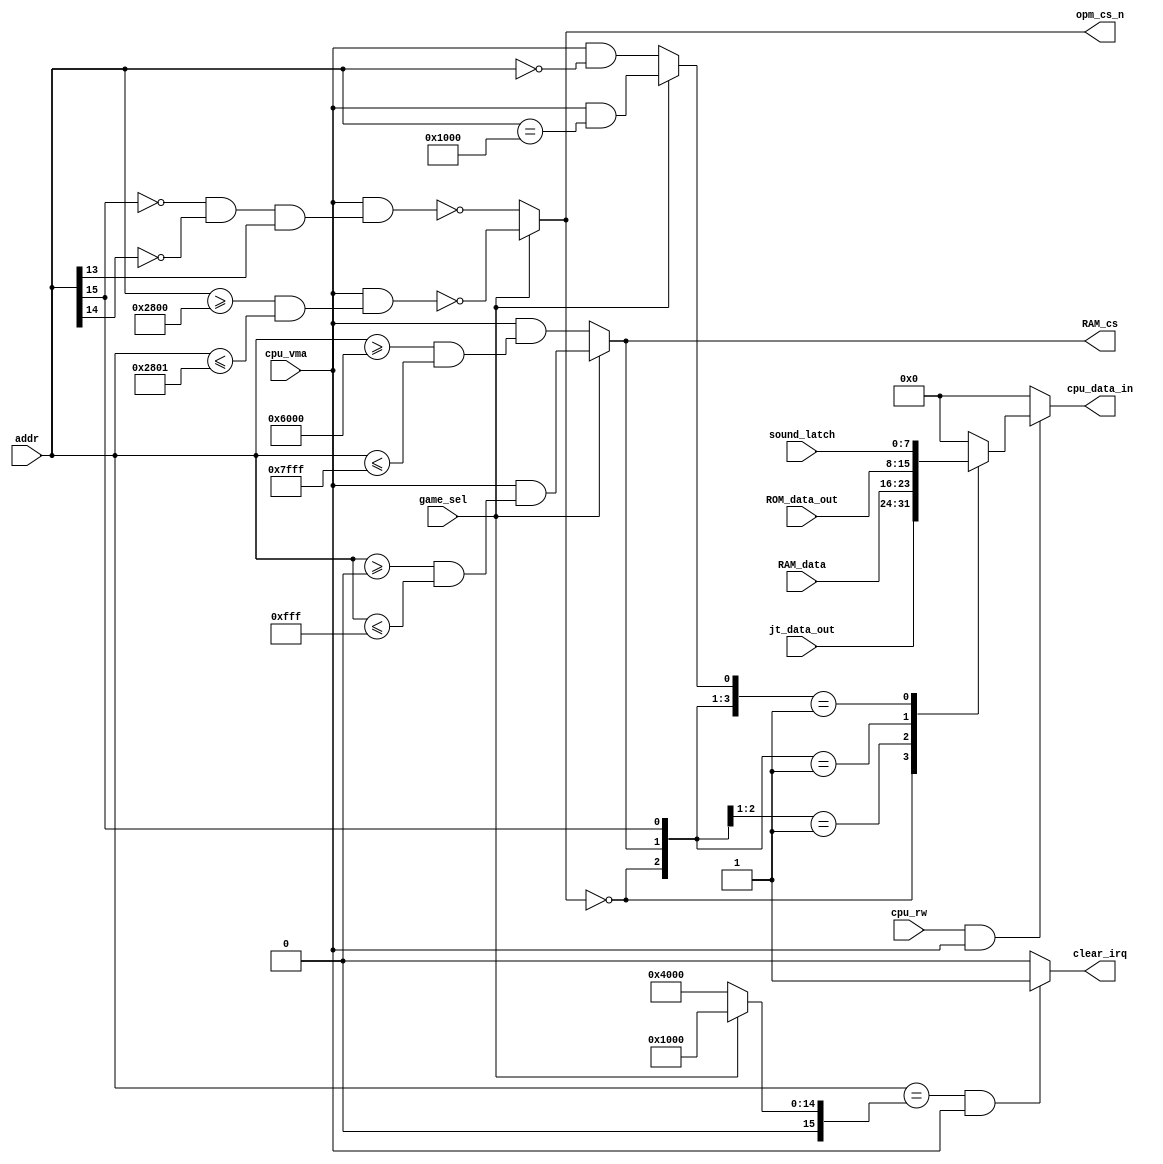
module bus_manager #(parameter RAM_MSB=10)(
//	input		rst50,
//	input		clk50,
//	input		clk_per,
//	input [7:0] cpu_data_out,
	input [7:0] ROM_data_out,
	input [7:0]	RAM_data,
	input [7:0] jt_data_out,
	// Other system elements
	input		game_sel,
	input [7:0]	sound_latch,
	output		clear_irq,
	// CPU control
	output reg [7:0] cpu_data_in,	
	input [15:0]addr,
	input		cpu_vma,
	input		cpu_rw,
	// select signals
	output	reg	RAM_cs,
	output	reg	opm_cs_n
	
);

wire ROM_cs = addr[15];

parameter RAM_START = 16'h6000;
parameter RAM_END = RAM_START+(2**(RAM_MSB+1));
parameter ROM_START=16'h8000;

wire [15:0] ram_start_contra	= 16'h6000;
wire [15:0] ram_end_contra		= 16'h7FFF;
wire [15:0] ram_start_ddragon	= 16'h0000;
wire [15:0] ram_end_ddragon		= 16'h0FFF;

// wire [15:0] rom_start_addr = ROM_START;
// wire [15:0] ym_start_addr	= 16'h2000;
// wire [15:0] ym_end_addr		= 16'h2002;
reg [15:0] irq_clear_addr;

reg LATCH_rd;

//reg	[7:0]	ym_final_d;

always @(*) begin
	if( cpu_rw && cpu_vma)
		casex( {~opm_cs_n, RAM_cs, ROM_cs, LATCH_rd } )
			4'b1XXX: cpu_data_in = jt_data_out;
			4'b01XX: cpu_data_in = RAM_data;
			4'b001X: cpu_data_in = ROM_data_out;
			4'b0001: cpu_data_in = sound_latch;
			default: cpu_data_in = 8'h0;
		endcase
	else
		cpu_data_in = 8'h0;
end

// RAM
wire opm_cs_contra = !addr[15] && !addr[14] && addr[13]; 
wire opm_cs_ddragon= addr>=16'h2800 && addr<=16'h2801;

always @(*)
	if( game_sel ) begin
		RAM_cs	= cpu_vma && (addr>=ram_start_ddragon && addr<=ram_end_ddragon);
		opm_cs_n= !(cpu_vma && opm_cs_ddragon);
		LATCH_rd= cpu_vma && addr==16'h1000; // Sound latch at $1000
		irq_clear_addr = 16'h1000;
	end
	else begin
		RAM_cs 	= cpu_vma && (addr>=ram_start_contra && addr<=ram_end_contra);
		opm_cs_n= !(cpu_vma && opm_cs_contra);
		LATCH_rd= cpu_vma && addr==16'h0; // Sound latch at $0000
		irq_clear_addr = 16'h4000;
	end
	
// Clear IRQ
assign clear_irq = (addr==irq_clear_addr) && cpu_vma ? 1'b1 : 1'b0;
	
endmodule